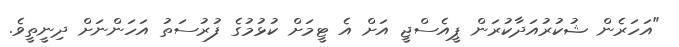
"އަހަރެން ޝުކުރުއަދާކުރަން ޕީއެސްޖީ އަށް އެ ޓީމަށް ކުޅުމުގެ ފުރުސަތު އަހަންނަށް ދިނީތީވެ.